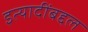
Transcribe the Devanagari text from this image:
इत्यादींबद्दल